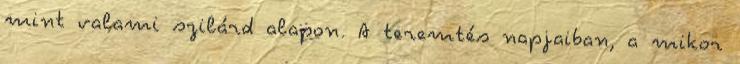
mint valami szilárd alapon. A teremtés napjaiban, a mikor